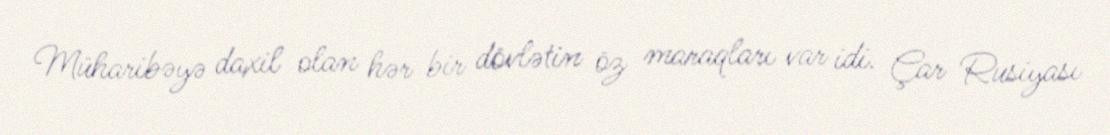
Müharibəyə daxil olan hər bir dövlətin öz maraqları var idi. Çar Rusiyası